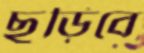
ছুড়িবে